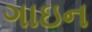
ગાઇન